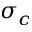
\sigma _ { c }